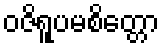
ဝဇိရူပမစိတ္တော